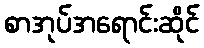
စာအုပ်အရောင်းဆိုင်